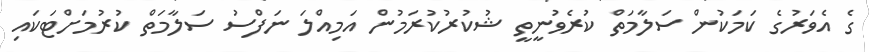
ގެ އެވަރުގެ ކަމަކުން ސަލާމަތް ކުރެވުނީތީ ޝުކުރުކުރަމުން އަމިއްލަ ނަފްސު ސަލާމަތް ކުރުމަށްޓަކައި